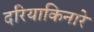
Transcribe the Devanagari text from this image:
दरियाकिनारे